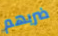
ضربهم